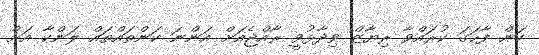
ކަން ފާހަގަ ކުރައްވާ ރިޔާޒް ވިދާޅުވީ ރާއްޖެއަށް އަންނަ ކަންތައްތައް ލަންކާ އަށް